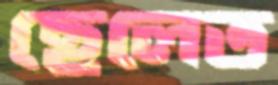
ছেলেত